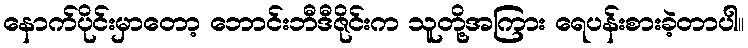
နောက်ပိုင်းမှာတော့ ဘောင်းဘီဒီဇိုင်းက သူတို့အကြား ရေပန်းစားခဲ့တာပါ။